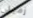
زميلى